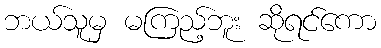
ဘယ်သူမှ မကြည့်ဘူး ဆိုရင်ကော